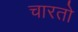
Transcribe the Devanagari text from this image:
चारतो